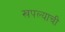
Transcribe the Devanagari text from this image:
खपल्याची